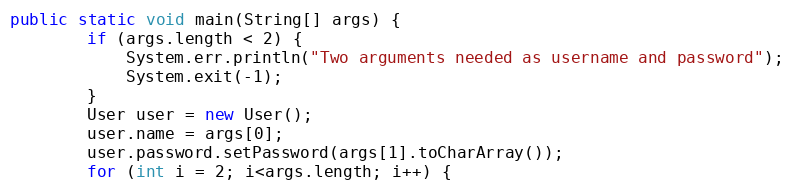
Language: Java
public static void main(String[] args) {
		if (args.length < 2) {
			System.err.println("Two arguments needed as username and password");
			System.exit(-1);
		}
		User user = new User();
		user.name = args[0];
		user.password.setPassword(args[1].toCharArray());
		for (int i = 2; i<args.length; i++) {